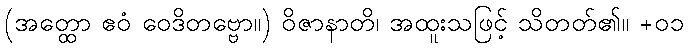
(အတ္ထော ဧဝံ ဝေဒိတဗ္ဗော။) ဝိဇာနာတိ၊ အထူးသဖြင့် သိတတ်၏။ +၀၁